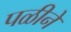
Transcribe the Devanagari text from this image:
पळीने